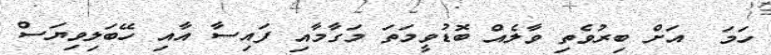
ހަމަ  އަށް ބިރުވެތި ވާލެއް ބޮޑުވީމަތަ މަގާމާއި ފައިސާ އާއި ހޭބަލިވިޔަސް